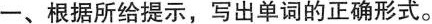
一、根据所给提示，写出单词的正确形式。